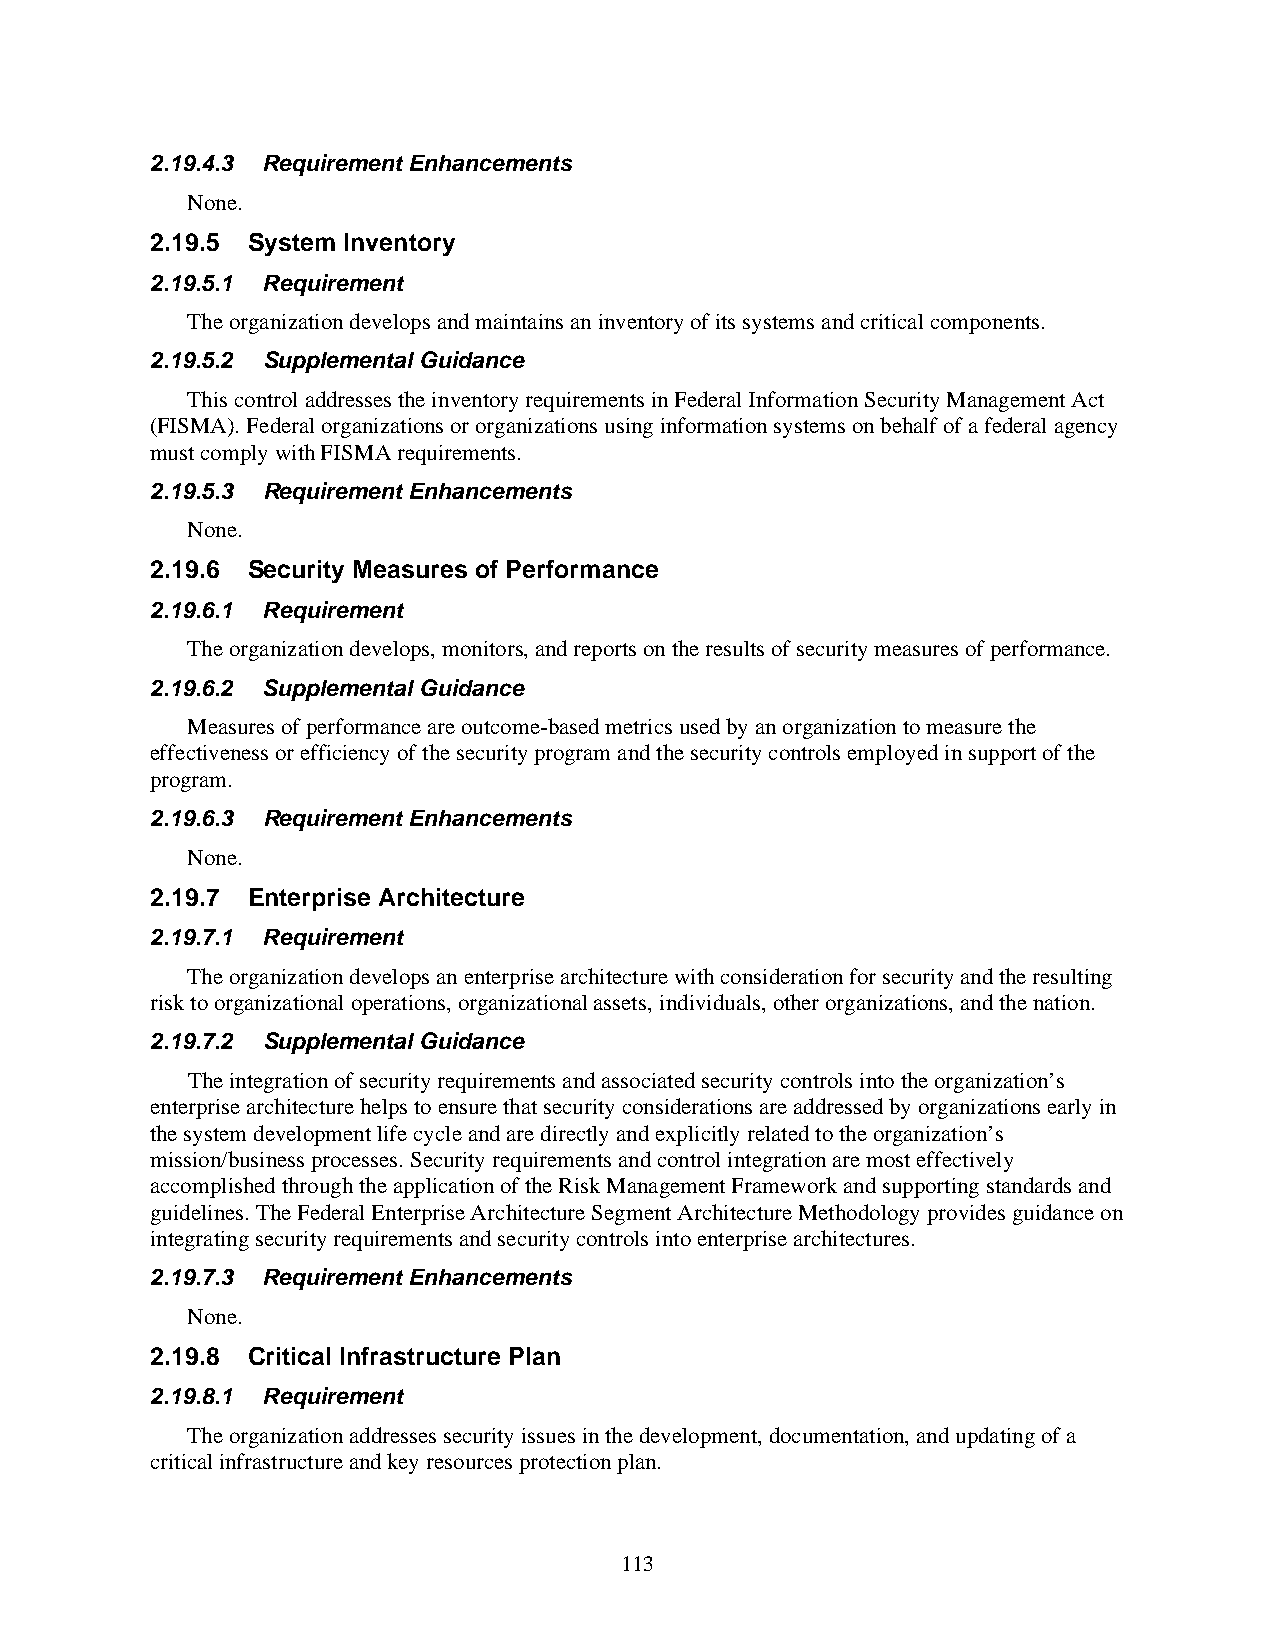
2.19.4.3 Requirement Enhancements
 None.
 2.19.5 System Inventory
 2.19.5.1 Requirement
 The organization develops and maintains an inventory of its systems and critical components.
 2.19.5.2 Supplemental Guidance
 This control addresses the inventory requirements in Federal Information Security Management Act
 (FISMA). Federal organizations or organizations using information systems on behalf of a federal agency
 must comply with FISMA requirements.
 2.19.5.3 Requirement Enhancements
 None.
 2.19.6 Security Measures of Performance
 2.19.6.1 Requirement
 The organization develops, monitors, and reports on the results of security measures of performance.
 2.19.6.2 Supplemental Guidance
 Measures of performance are outcome-based metrics used by an organization to measure the
 effectiveness or efficiency of the security program and the security controls employed in support of the
 program.
 2.19.6.3 Requirement Enhancements
 None.
 2.19.7 Enterprise Architecture
 2.19.7.1 Requirement
 The organization develops an enterprise architecture with consideration for security and the resulting
 risk to organizational operations, organizational assets, individuals, other organizations, and the nation.
 2.19.7.2 Supplemental Guidance
 The integration of security requirements and associated security controls into the organization’s
 enterprise architecture helps to ensure that security considerations are addressed by organizations early in
 the system development life cycle and are directly and explicitly related to the organization’s
 mission/business processes. Security requirements and control integration are most effectively
 accomplished through the application of the Risk Management Framework and supporting standards and
 guidelines. The Federal Enterprise Architecture Segment Architecture Methodology provides guidance on
 integrating security requirements and security controls into enterprise architectures.
 2.19.7.3 Requirement Enhancements
 None.
 2.19.8 Critical Infrastructure Plan
 2.19.8.1 Requirement
 The organization addresses security issues in the development, documentation, and updating of a
 critical infrastructure and key resources protection plan.
 113